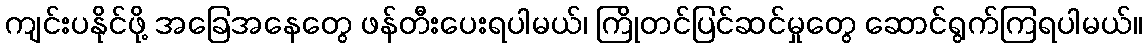
ကျင်းပနိုင်ဖို့ အခြေအနေတွေ ဖန်တီးပေးရပါမယ်၊ ကြိုတင်ပြင်ဆင်မှုတွေ ဆောင်ရွက်ကြရပါမယ်။